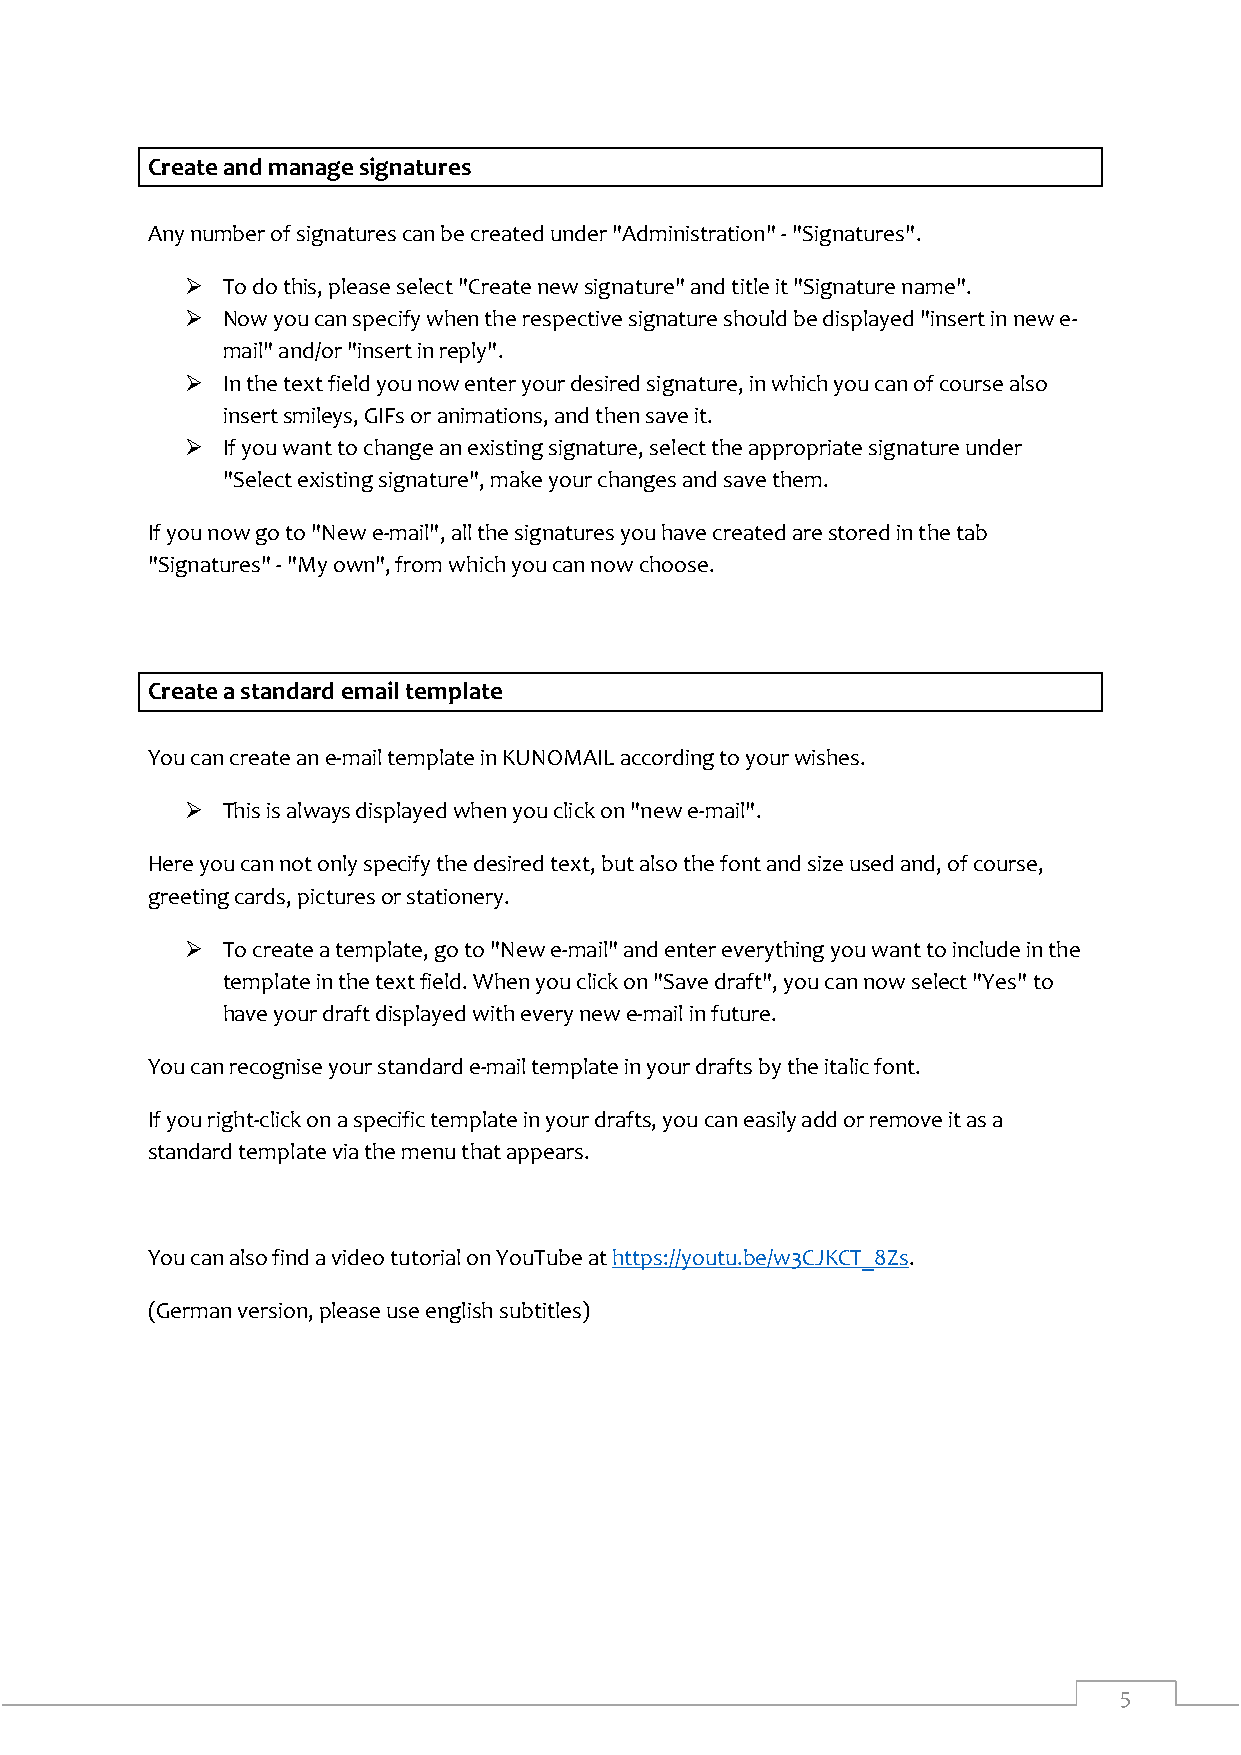
Create and manage signatures
 Any number of signatures can be created under "Administration" - "Signatures".
   To do this, please select "Create new signature" and title it "Signature name".
   Now you can specify when the respective signature should be displayed "insert in new e-
 mail" and/or "insert in reply".
   In the text field you now enter your desired signature, in which you can of course also
 insert smileys, GIFs or animations, and then save it.
   If you want to change an existing signature, select the appropriate signature under
 "Select existing signature", make your changes and save them.
 If you now go to "New e-mail", all the signatures you have created are stored in the tab
 "Signatures" - "My own", from which you can now choose.
 Create a standard email template
 You can create an e-mail template in KUNOMAIL according to your wishes.
   This is always displayed when you click on "new e-mail".
 Here you can not only specify the desired text, but also the font and size used and, of course,
 greeting cards, pictures or stationery.
   To create a template, go to "New e-mail" and enter everything you want to include in the
 template in the text field. When you click on "Save draft", you can now select "Yes" to
 have your draft displayed with every new e-mail in future.
 You can recognise your standard e-mail template in your drafts by the italic font.
 If you right-click on a specific template in your drafts, you can easily add or remove it as a
 standard template via the menu that appears.
 You can also find a video tutorial on YouTube at https://youtu.be/w3CJKCT_8Zs.
 (German version, please use english subtitles)
 5